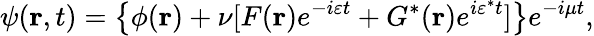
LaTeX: \psi(\mathbf{r},t)=\big\{ \phi(\mathbf{r})+\nu\lbrack F(\mathbf{r})e^{-i\varepsilon t}+G^{\ast}(\mathbf{r})e^{i\varepsilon^{\ast}t}]\big\} e^{-i\mu t},